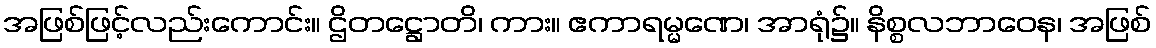
အဖြစ်ဖြင့်လည်းကောင်း။ ဌိတဋ္ဌောတိ၊ ကား။ ဧကာရမ္မဏေ၊ အာရုံ၌။ နိစ္စလဘာဝေန၊ အဖြစ်